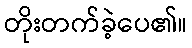
တိုးတက်ခဲ့ပေ၏။